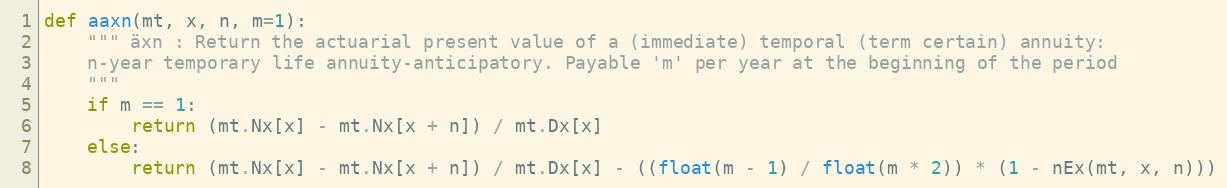
Language: Python
def aaxn(mt, x, n, m=1):
    """ äxn : Return the actuarial present value of a (immediate) temporal (term certain) annuity:
    n-year temporary life annuity-anticipatory. Payable 'm' per year at the beginning of the period
    """
    if m == 1:
        return (mt.Nx[x] - mt.Nx[x + n]) / mt.Dx[x]
    else:
        return (mt.Nx[x] - mt.Nx[x + n]) / mt.Dx[x] - ((float(m - 1) / float(m * 2)) * (1 - nEx(mt, x, n)))